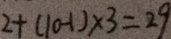
2 + ( 1 0 - 1 ) \times 3 = 2 9